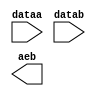
module compare1dr (
	dataa,
	datab,
	aeb);

	input	[9:0]  dataa;
	input	[9:0]  datab;
	output	  aeb;

endmodule